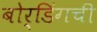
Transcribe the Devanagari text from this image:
बोर्डिंगची